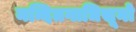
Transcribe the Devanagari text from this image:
नन्दितगाधिसूनो